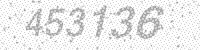
Solution: 453136